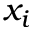
x _ { i }